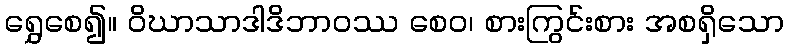
ရွှေစေ၍။ ဝိဃာသာဒါဒိဘာဝဿ စေဝ၊ စားကြွင်းစား အစရှိသော